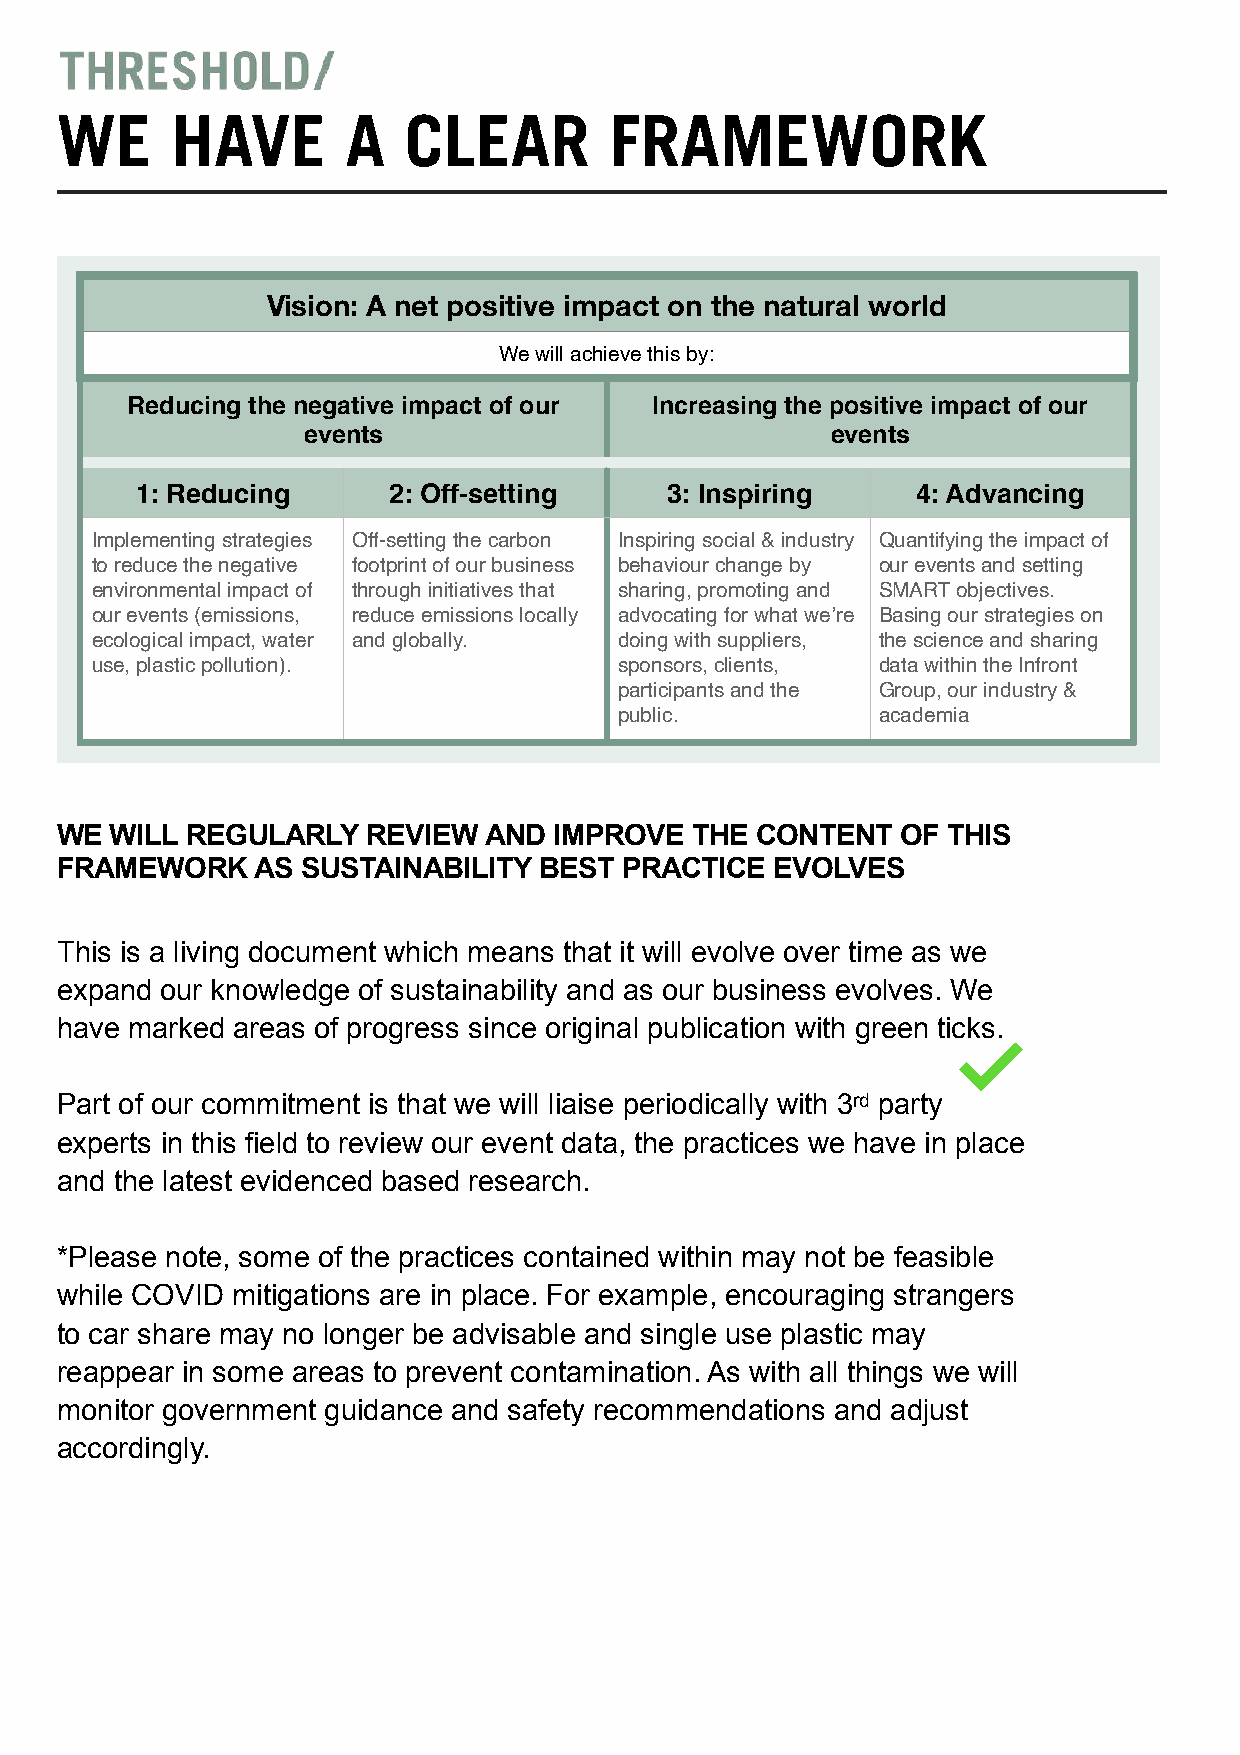
WE     HAVE        A   CLEAR        FRAMEWORK
 Vision: A net positive impact on the natural world
 We will achieve this by:
 Reducing the negative impact of our Increasing the positive impact of our
 events                             events
 1: Reducing      2: Off-setting    3: Inspiring     4: Advancing
 Implementing strategies Off-setting the carbon Inspiring social & industry Quantifying the impact of
 to reduce the negative footprint of our business behaviour change by our events and setting
 environmental impact of through initiatives that sharing, promoting and SMART objectives.
 our events (emissions, reduce emissions locally advocating for what we’re Basing our strategies on
 ecological impact, water and globally. doing with suppliers, the science and sharing
 use, plastic pollution).           sponsors, clients, data within the Infront
 participants and the Group, our industry &
 public.          academia
 WE WILL REGULARLY   REVIEW  AND  IMPROVE  THE CONTENT   OF THIS
 FRAMEWORK    AS SUSTAINABILITY  BEST PRACTICE  EVOLVES
 This is a living document which means that it will evolve over time as we
 expand our knowledge of sustainability and as our business evolves. We
 have marked areas of progress since original publication with green ticks.
 Part of our commitment is that we will liaise periodically with 3rd party
 experts in this field to review our event data, the practices we have in place
 and the latest evidenced based research.
 *Please note, some of the practices contained within may not be feasible
 while COVID mitigations are in place. For example, encouraging strangers
 to car share may no longer be advisable and single use plastic may
 reappear in some areas to prevent contamination. As with all things we will
 monitor government guidance and safety recommendations and adjust
 accordingly.